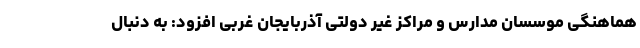
هماهنگی موسسان مدارس و مراکز غیر دولتی آذربایجان غربی افزود: به دنبال